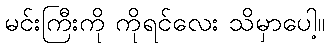
မင်းကြီးကို ကိုရင်လေး သိမှာပေါ့။